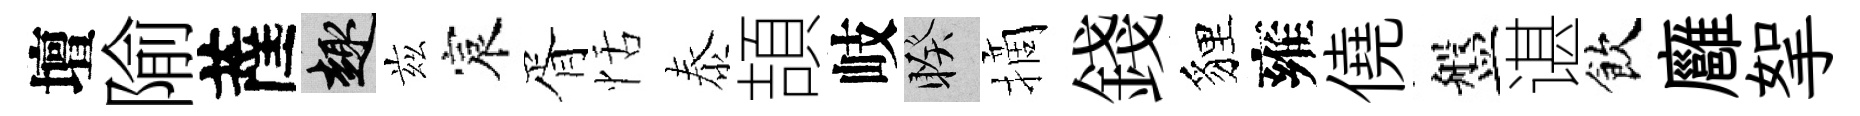
壇隃薩趣兹宸胥恬泰頡岐睽摘錢貍雍僥盤谌飲廱挐